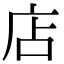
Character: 店